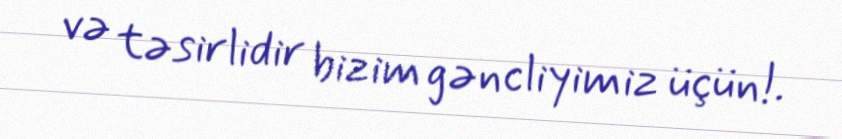
və təsirlidir bizim gəncliyimiz üçün!.